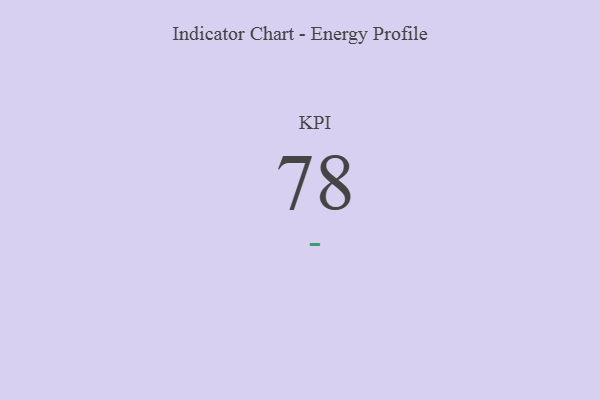
{"axis": {"x": "KPI", "y": "Value"}, "legend": [""], "data": [{"x": "KPI", "y": 78, "type": ""}]}